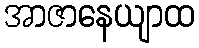
အာဇာနေယျာထ